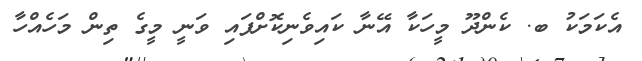
އެކަމަކު ބ. ކެންދޫ މީހަކާ އޭނާ ކައިވެނިކޮށްފައި ވަނީ މީގެ ތިން މަހެއްހާ